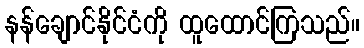
နန်ချောင်နိုင်ငံကို ထူထောင်ကြသည်။